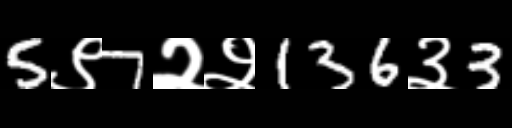
Text: 5९7२२136३3